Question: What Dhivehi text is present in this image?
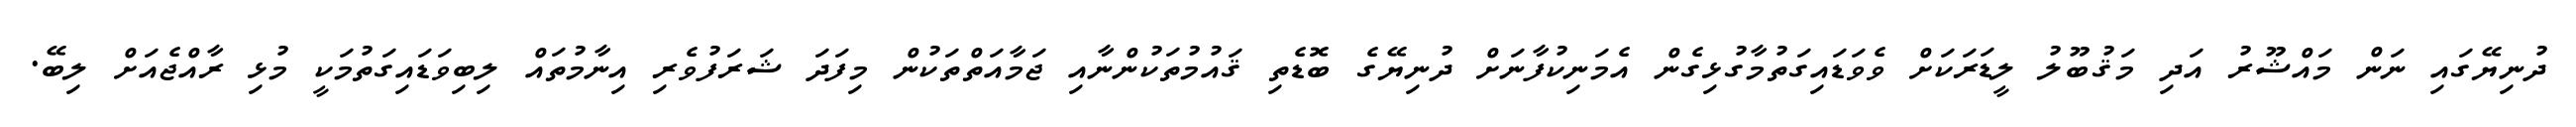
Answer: ދުނިޔޭގައި ނަން މައްޝޫރު އަދި މަޤުބޫލު ލީޑަރަކަށް ވެވަޑައިގަތުމާގުޅިގެން އެމަނިކުފާނަށް ދުނިޔޭގެ ބޮޑެތި ޤައުމުތަކުންނާއި ޖަމާއަތްތަކުން މިފަދަ ޝަރަފުވެރި އިނާމުތައް ލިބިވަޑައިގަތުމަކީ މުޅި ރާއްޖެއަށް ލިބޭ.